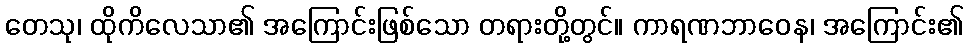
တေသု၊ ထိုကိလေသာ၏ အကြောင်းဖြစ်သော တရားတို့တွင်။ ကာရဏဘာဝေန၊ အကြောင်း၏